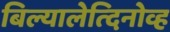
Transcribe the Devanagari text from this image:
बिल्यालेत्दिनोव्ह